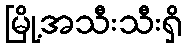
မြို့အသီးသီးရှိ